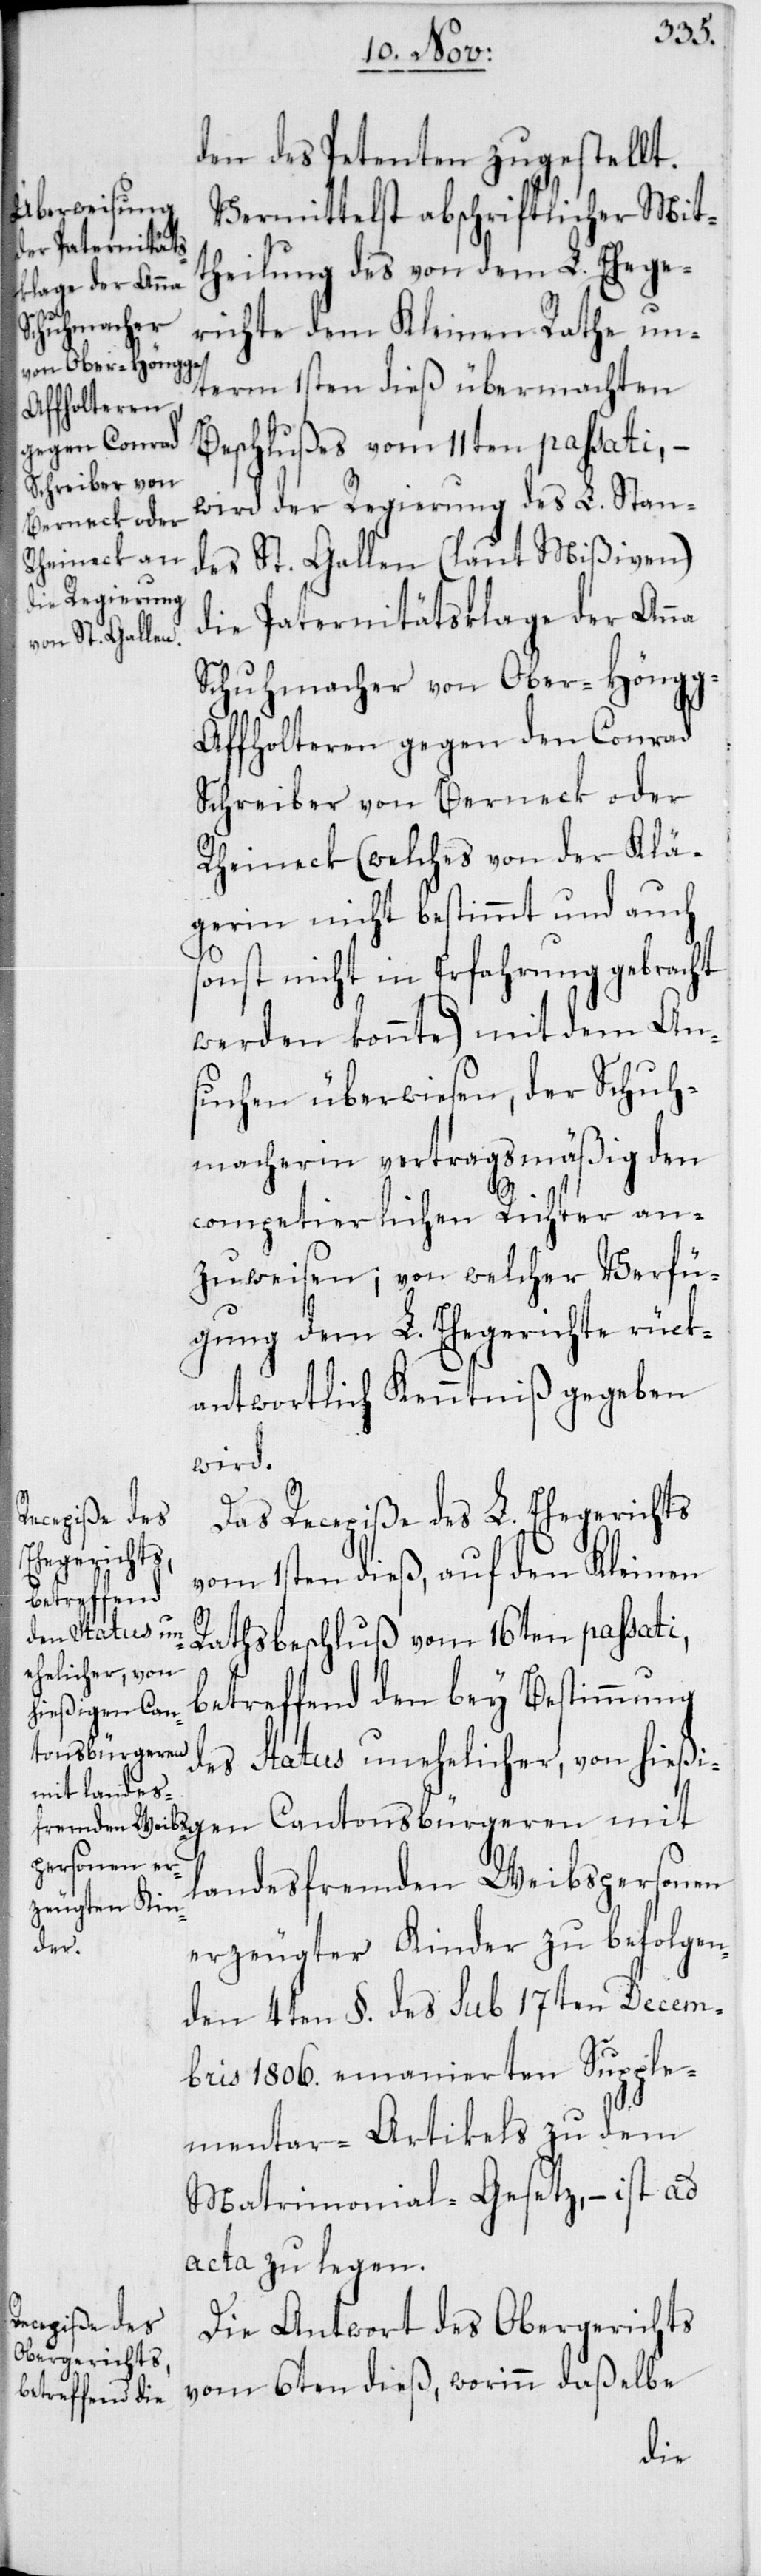
den des Petenten zugestellt.
Vermittelst abschriftlicher Mit¬
theilung des von dem L. Ehege¬
richte dem Kleinen Rathe un¬
term 1sten dieß übermachten
Beschlußes vom 11ten passati, –
wird der Regierung des L. Stan¬
des St. Gallen (laut Mißiven)
die Paternitätsklage der Anna
Schuhmacher von Ober-Höng¬
g-Affolteren gegen den Conrad
Schreiber von Berneck oder
Rheineck (welches von der Klä¬
gerin nicht bestimmt und auch
sonst nicht in Erfahrung gebracht
werden konnte) mit dem An¬
suchen überwiesen, der Schuh¬
macherin vertragsmäßig den
competierlichen Richter an¬
zuweisen; von welcher Verfü¬
gung dem L. Ehegrichte rück¬
antwortlich Kenntniß gegeben
wird.
Das Recepiße des L. Ehegerichts
vom 1sten dieß, auf den Kleinen-R¬
des Status un¬
athsbeschluß vom 16ten passati,
ehelicher, von
betreffend den bey Bestimmung
hießigen Can¬
tonsbürgeren
landesfremden Weibspersonen
erzeugter Kinder zu befolgen¬
den 4ten §. des sub 17ten Decem¬
bris 1806. emanierten Supple¬
mentar-Artikels zu dem
Matrimonial-Gesetz, – ist ad
acta zu legen.
Die Antwort des Obergerichts
vom 6ten dieß, worinn daßelbe